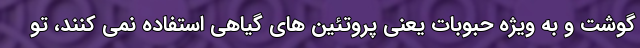
گوشت و به ویژه حبوبات یعنی پروتئین های گیاهی استفاده نمی کنند، تو